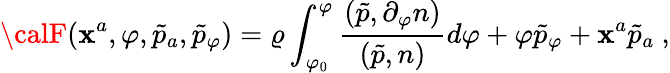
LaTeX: {\calF}(\mathbf{x}^{a},\varphi,\tilde{{p}}_{a},\tilde{{p}}_{\varphi})=\varrho\int_{\varphi_{0}}^{\varphi}\frac{{(\tilde{{p}},\partial_{\varphi}n)}}{{(\tilde{{p}},n)}}d\varphi+\varphi\tilde{{p}}_{\varphi}+\mathbf{x}^{a}\tilde{{p}}_{a}\ ,